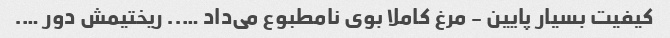
کیفیت بسیار پایین - مرغ کاملا بوی نامطبوع می‌داد ….. ریختیمش دور ….